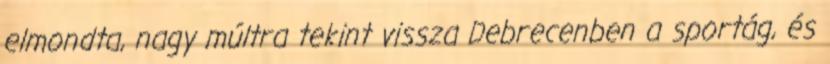
elmondta, nagy múltra tekint vissza Debrecenben a sportág, és